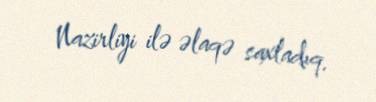
Nazirliyi ilə əlaqə saxladıq.